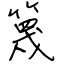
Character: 篾